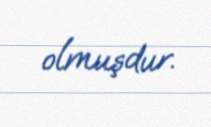
olmuşdur.